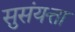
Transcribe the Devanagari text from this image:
सुसंयत्ता